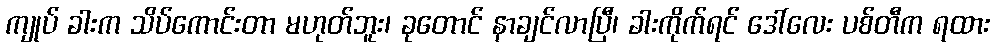
ကျုပ် ခါးက သိပ်ကောင်းတာ မဟုတ်ဘူး၊ ခုတောင် နာချင်လာပြီ၊ ခါးကိုက်ရင် ဒေါ်လေး ပစ်တီက ရထား